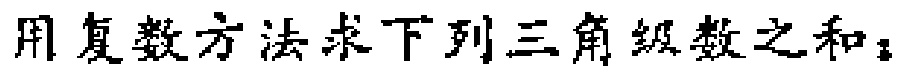
用复数方法求下列三角级数之和：